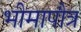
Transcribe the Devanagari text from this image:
भीमापौत्र